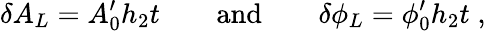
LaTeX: \delta A_{L}=A_{0}^{\prime}h_{2}t\qquad\mathrm{and}\qquad\delta\phi_{L}=\phi_{0}^{\prime}h_{2}t\; ,